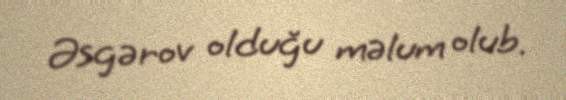
Əsgərov olduğu məlum olub.